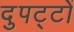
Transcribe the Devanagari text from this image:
दुपट्टों